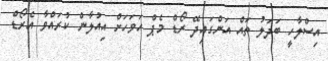
އިސްލާހީ ބަދަލު ތައް އަންގައިދޭ ރޯޑް މެޕް އަވަހަށް އިއުލާން ކުރައްވާ އެރޯޑް